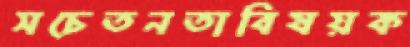
সচেতনতাবিষয়ক